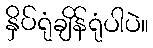
နှိပ်ရုံချိန်ရုံပါပဲ။